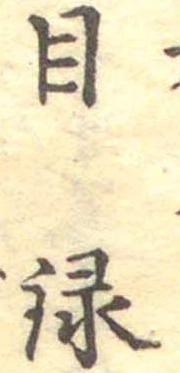
目録